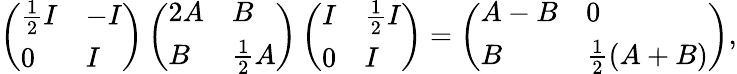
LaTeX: \left(\begin{array}{ll}{\frac{1}{2}I}&{-I}\\ {0}&{I}\end{array}\right)\left(\begin{array}{ll}{2A}&{B}\\ {B}&{\frac{1}{2}A}\end{array}\right)\left(\begin{array}{ll}{I}&{\frac{1}{2}I}\\ {0}&{I}\end{array}\right)=\left(\begin{array}{ll}{A-B}&{0}\\ {B}&{\frac{1}{2}(A+B)}\end{array}\right),